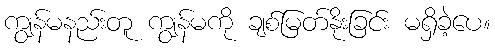
ကျွန်မနည်းတူ ကျွန်မကို ချစ်မြတ်နိုးခြင်း မရှိခဲ့ပေ။